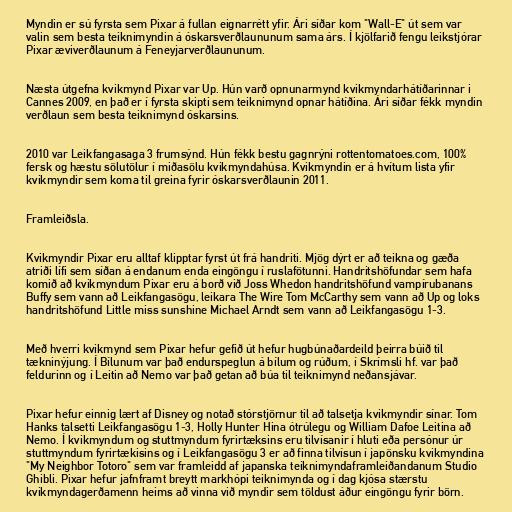
Myndin er sú fyrsta sem Pixar á fullan eignarrétt yfir. Ári síðar kom "Wall-E" út sem var
valin sem besta teiknimyndin á óskarsverðlaununum sama árs. Í kjölfarið fengu leikstjórar
Pixar æviverðlaunum á Feneyjarverðlaununum.

Næsta útgefna kvikmynd Pixar var Up. Hún varð opnunarmynd kvikmyndarhátíðarinnar i
Cannes 2009, en það er í fyrsta skipti sem teiknimynd opnar hátíðina. Ári síðar fékk myndin
verðlaun sem besta teiknimynd óskarsins.

2010 var Leikfangasaga 3 frumsýnd. Hún fékk bestu gagnrýni rottentomatoes.com, 100%
fersk og hæstu sölutölur í miðasölu kvikmyndahúsa. Kvikmyndin er á hvítum lista yfir
kvikmyndir sem koma til greina fyrir óskarsverðlaunin 2011.

Framleiðsla.

Kvikmyndir Pixar eru alltaf klipptar fyrst út frá handriti. Mjög dýrt er að teikna og gæða
atriði lífi sem síðan á endanum enda eingöngu í ruslafötunni. Handritshöfundar sem hafa
komið að kvikmyndum Pixar eru á borð við Joss Whedon handritshöfund vampírubanans
Buffy sem vann að Leikfangasögu, leikara The Wire Tom McCarthy sem vann að Up og loks
handritshöfund Little miss sunshine Michael Arndt sem vann að Leikfangasögu 1-3.

Með hverri kvikmynd sem Pixar hefur gefið út hefur hugbúnaðardeild þeirra búið til
tækninýjung. Í Bílunum var það endurspeglun á bílum og rúðum, í Skrímsli hf. var það
feldurinn og í Leitin að Nemo var það getan að búa til teiknimynd neðansjávar.

Pixar hefur einnig lært af Disney og notað stórstjörnur til að talsetja kvikmyndir sínar. Tom
Hanks talsetti Leikfangasögu 1-3, Holly Hunter Hina ótrúlegu og William Dafoe Leitina að
Nemo. Í kvikmyndum og stuttmyndum fyrirtæksins eru tilvísanir í hluti eða persónur úr
stuttmyndum fyrirtækisins og í Leikfangasögu 3 er að finna tilvísun í japönsku kvikmyndina
"My Neighbor Totoro" sem var framleidd af japanska teiknimyndaframleiðandanum Studio
Ghibli. Pixar hefur jafnframt breytt markhópi teiknimynda og í dag kjósa stærstu
kvikmyndagerðamenn heims að vinna við myndir sem töldust áður eingöngu fyrir börn.